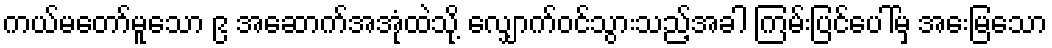
ကယ်မတော်မူသော ၉ အဆောက်အအုံထဲသို့ လျှောက်ဝင်သွားသည့်အခါ ကြမ်းပြင်ပေါ်မှ အေးမြသော